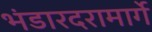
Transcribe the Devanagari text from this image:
भंडारदरामार्गे